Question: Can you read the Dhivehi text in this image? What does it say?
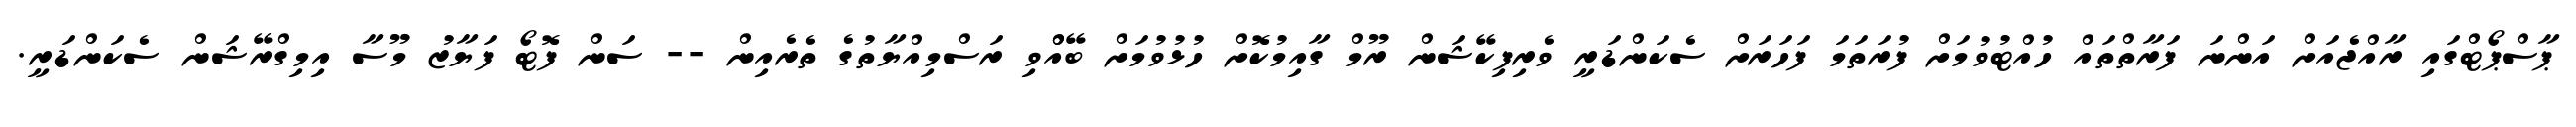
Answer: ޕާސްޕޯޓްގައި ރާއްޖެއަށް އަންނަ ފަރާތްތައް ހުއްޓުވުމަށް ފުރަތަމަ ފަހަރަށް ސެކަންޑަރީ ވެރިފިކޭޝަން ރޫމް ގާއިމުކޮށް ހުޅުވުމަށް ބޭއްްވި ރަސްމިއްޔާތުގެ ތެރެއިން -- ސަން ފޮޓޯ ފަޔާޒު މޫސާ އިމިގްރޭޝަން ސެކަންޑަރީ.